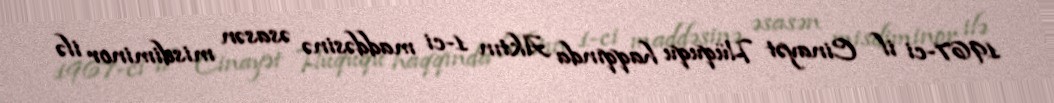
1967-ci il Cinayət Hüququ haqqında Aktın 1-ci maddəsinə əsasən misdiminor ilə